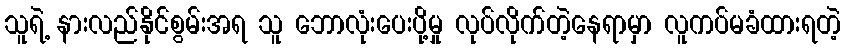
သူရဲ့ နားလည်နိုင်စွမ်းအရ သူ ဘောလုံးပေးပို့မှု လုပ်လိုက်တဲ့နေရာမှာ လူကပ်မခံထားရတဲ့